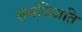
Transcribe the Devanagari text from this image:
समज्त्जिति